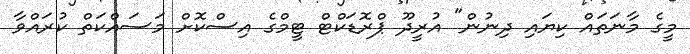
މީގެ މާނަތައް ކިޔައި ދިނުން" އުރީދޫ ޕްރޮޑަކްޓް ޓީމްގެ އިސްކޮށް މަސައްކަތް ކުރައްވާ